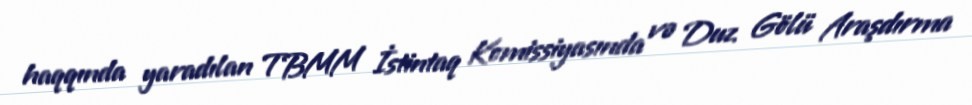
haqqında yaradılan TBMM İstintaq Komissiyasında və Duz Gölü Araşdırma